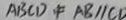
A B C D \neq A B / / C D